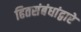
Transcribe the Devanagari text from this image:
हितसंबंधांद्वारे